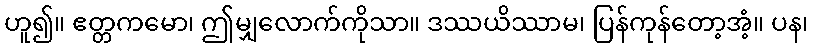
ဟူ၍။ ဧတ္တကမော၊ ဤမျှလောက်ကိုသာ။ ဒဿယိဿာမ၊ ပြန်ကုန်တော့အံ့။ ပန၊